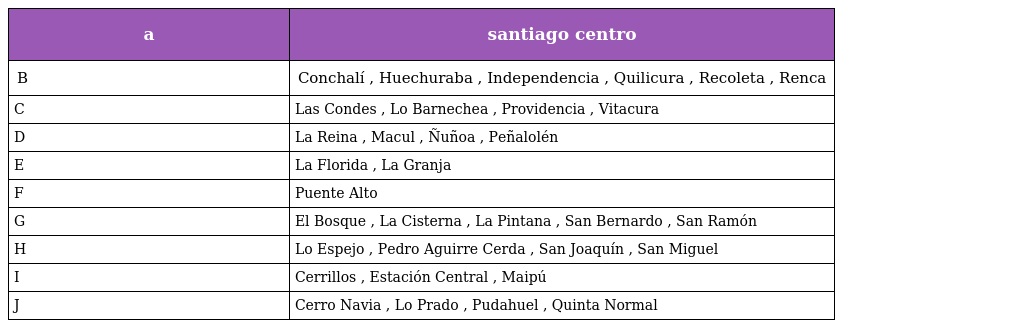
| a | santiago centro |
 | --- | --- |
 | B | Conchalí , Huechuraba , Independencia , Quilicura , Recoleta , Renca |
 | C | Las Condes , Lo Barnechea , Providencia , Vitacura |
 | D | La Reina , Macul , Ñuñoa , Peñalolén |
 | E | La Florida , La Granja |
 | F | Puente Alto |
 | G | El Bosque , La Cisterna , La Pintana , San Bernardo , San Ramón |
 | H | Lo Espejo , Pedro Aguirre Cerda , San Joaquín , San Miguel |
 | I | Cerrillos , Estación Central , Maipú |
 | J | Cerro Navia , Lo Prado , Pudahuel , Quinta Normal |